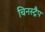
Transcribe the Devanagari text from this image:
चिनस्ट्रैप